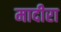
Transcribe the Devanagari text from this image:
मादीरा